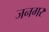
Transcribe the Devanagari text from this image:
जनगर